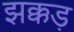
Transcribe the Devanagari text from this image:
झक्कड़